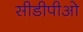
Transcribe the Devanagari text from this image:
सीडीपीओ